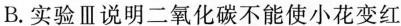
B.实验Ⅲ说明二氧化碳不能使小花变红